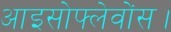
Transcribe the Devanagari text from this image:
आइसोफ्लेवोंस।